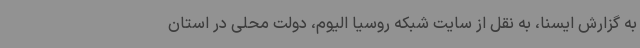
به گزارش ایسنا، به نقل از سایت شبکه روسیا الیوم، دولت محلی در استان